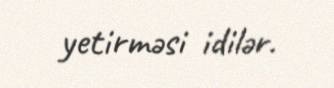
yetirməsi idilər.